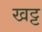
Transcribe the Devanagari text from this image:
खट्ट